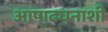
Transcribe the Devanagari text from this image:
आषाढघनाशी